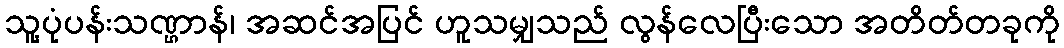
သူ့ပုံပန်းသဏ္ဌာန်၊ အဆင်အပြင် ဟူသမျှသည် လွန်လေပြီးသော အတိတ်တခုကို